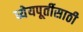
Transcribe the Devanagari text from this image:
ध्येयपूर्तीसाठी